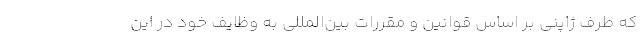
که طرف ژاپنی بر اساس قوانین و مقررات بین‌المللی به وظایف خود در این